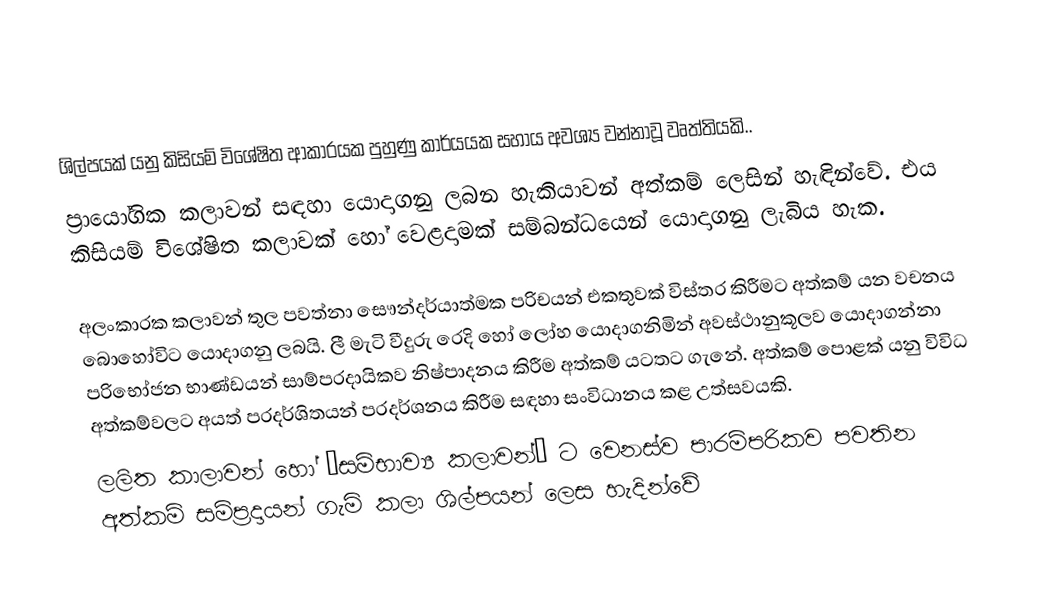
ශිල්පයක් යනු කිසියම් විශේෂිත ආකාරයක පුහුණු කාර්යයක සහාය අවශ්‍ය වන්නාවූ වෘත්තියකි..
ප‍්‍රායෝගික කලාවන් සඳහා යොදාගනු ලබන හැකියාවන් අත්කම් ලෙසින් හැඳින්වේ. එය කිසියම් විශේෂිත කලාවක් හෝ වෙළදාමක් සම්බන්ධයෙන් යොදාගනු ලැබිය හැක.

අලංකාරක කලාවන් තුල පවත්නා සෞන්දර්යාත්මක පරිචයන් එකතුවක් විස්තර කිරීමට අත්කම් යන වචනය බොහෝවිට යොදාගනු ලබයි. ලී මැටි වීදුරු රෙදි හෝ ලෝහ යොදාගනිමින් අවස්ථානුකූලව යොදාගන්නා පරිභෝජන භාණ්ඩයන් සාම්ප‍්‍රදායිකව නිෂ්පාදනය කිරීම අත්කම් යටතට ගැනේ. අත්කම් පොළක් යනු විවිධ අත්කම්වලට අයත් ප‍්‍රදර්ශිතයන් ප‍්‍රදර්ශනය කිරීම සඳහා සංවිධානය කළ උත්සවයකි.
ලලිත කාලාවන් හෝ ‘සම්භාව්‍ය කලාවන්’ ට වෙනස්ව පාරම්පරිකව පවතින අත්කම් සම්ප‍්‍රදායන් ගැමි කලා ශිල්පයන් ලෙස හැදින්වේ